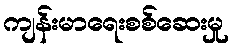
ကျန်းမာရေးစစ်ဆေးမှု